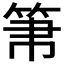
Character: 𥬬